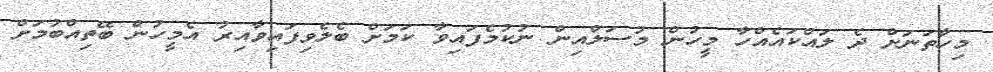
މިހާތަނަށް ދެ ލައްކައެއްހާ މީހުން މުސަލްއިން ނުކުމެފައިވާ ކަމަށް ބެލެވިފައިވާއިރު އެމީހުން ބޭތިއްބުމަށް